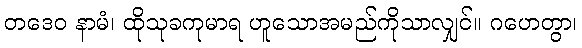
တဒေဝ နာမံ၊ ထိုသုခကုမာရ ဟူသောအမည်ကိုသာလျှင်။ ဂဟေတွာ၊